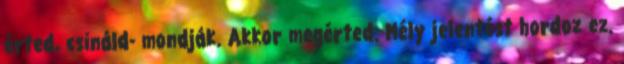
érted, csináld- mondják. Akkor megérted. Mély jelentést hordoz ez.